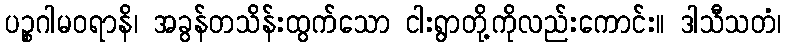
ပဉ္စဂါမဝရာနိ၊ အခွန်တသိန်းထွက်သော ငါးရွာတို့ကိုလည်းကောင်း။ ဒါသီသတံ၊